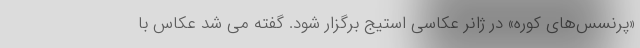
«پرنسس‌های کوره» در ژانر عکاسی استیج برگزار شود. گفته می شد عکاس با